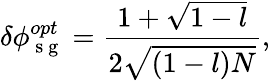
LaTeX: \delta\phi_{\mathrm{~s~g~}}^{opt}=\frac{1+\sqrt{1-l}}{2\sqrt{(1-l)N}},